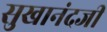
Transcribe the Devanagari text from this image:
सुखानंदजी